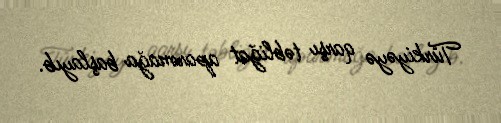
Türkiyəyə qarşı təbliğat aparmağa başlayıb.